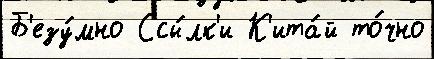
Б'езу́мно Ссы́лк'и К'ита́й то́чно